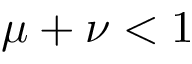
\mu + \nu < 1